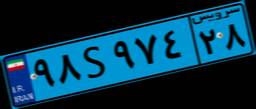
۵۰S۵۷۶۷۲